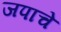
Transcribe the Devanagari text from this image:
जपाचे